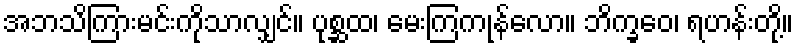
အဘသိကြားမင်းကိုသာလျှင်။ ပုစ္ဆထ၊ မေးကြကုန်လော။ ဘိက္ခဝေ၊ ရဟန်းတို့။